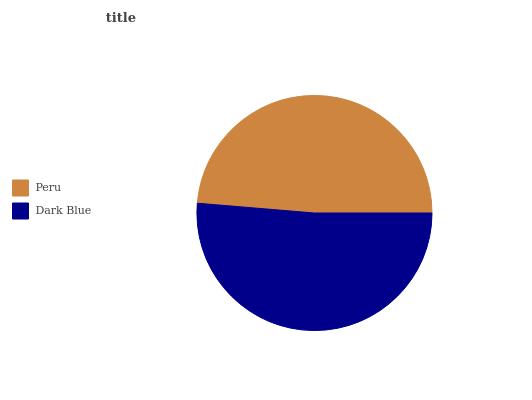
| Peru | Dark Blue |
 | --- | --- |
 | 48.7% | 51.3% |